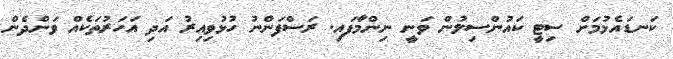
ކަނޑައެޅުމަށް ސިޓީ ކައުންސިލުން ވަނީ ނިންމާފައި. ރަސްފަންނު ހުޅުވިއިރު އަދި އަހަރުތަކެއް ވަންދެން